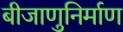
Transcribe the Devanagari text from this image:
बीजाणुनिर्माण